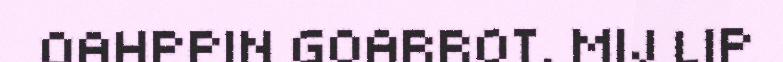
OAHPPIN GOARROT. MIJ LIP